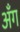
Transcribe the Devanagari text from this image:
अँग